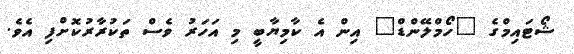
ޝޯޓައިމްގެ "ހޯމްލޭންޑް" އިން އެ ކާމިޔާބީ މި އަހަރު ވެސް ތަކުރާރުކޮށްފި އެވެ.